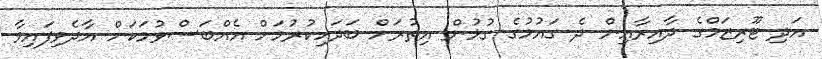
އަދި ޓޫރިޒަމްގެ ދާއިރާއިން ދެ ގައުމުގެ ގުޅުން އިތުރަށް ބަދަހިކުރުމަށް އެއްބަސްވުމަކަށް އާދެވިފައިވާ